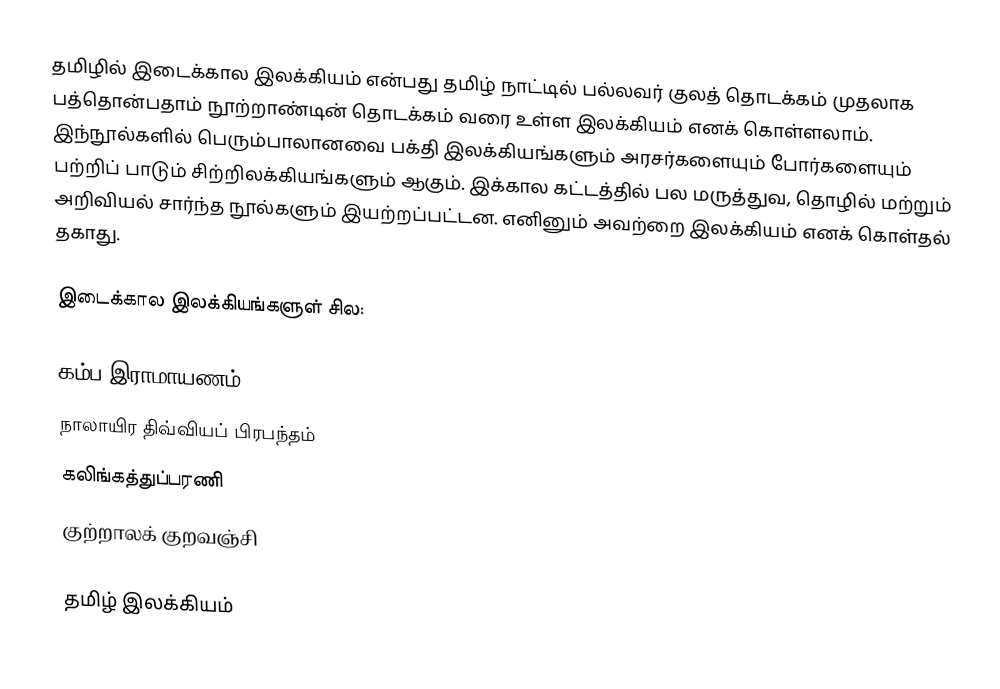
தமிழில் இடைக்கால இலக்கியம் என்பது தமிழ் நாட்டில் பல்லவர் குலத் தொடக்கம் முதலாக பத்தொன்பதாம் நூற்றாண்டின் தொடக்கம் வரை உள்ள இலக்கியம் எனக் கொள்ளலாம்.  இந்நூல்களில் பெரும்பாலானவை பக்தி இலக்கியங்களும் அரசர்களையும் போர்களையும் பற்றிப் பாடும் சிற்றிலக்கியங்களும் ஆகும்.  இக்கால கட்டத்தில் பல மருத்துவ, தொழில் மற்றும் அறிவியல் சார்ந்த நூல்களும் இயற்றப்பட்டன.  எனினும் அவற்றை இலக்கியம் எனக் கொள்தல் தகாது.

இடைக்கால இலக்கியங்களுள் சில:

 கம்ப இராமாயணம்
 நாலாயிர திவ்வியப் பிரபந்தம்
 கலிங்கத்துப்பரணி
 குற்றாலக் குறவஞ்சி

தமிழ் இலக்கியம்